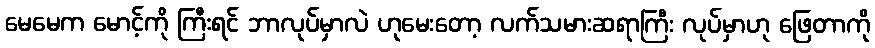
မေမေက မောင့်ကို ကြီးရင် ဘာလုပ်မှာလဲ ဟုမေးတော့ လက်သမားဆရာကြီး လုပ်မှာဟု ဖြေတာကို